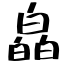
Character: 皛